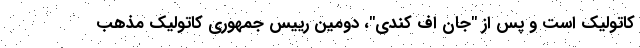
کاتولیک است و پس از "جان اف کندی"، دومین رییس جمهوری کاتولیک مذهب